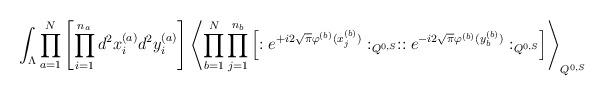
LaTeX: \begin{align*}\int_{\Lambda} \prod_{a=1}^N \left[ \prod_{i=1}^{n_a}d^2x_{i}^{(a)} d^2y_{i}^{(a)} \right]\left\langle \prod_{b=1}^N \prod_{j=1}^{n_b}\left[ : e^{+i 2\sqrt{\pi}\varphi^{(b)}(x_{j}^{(b)})}:_{Q^{0,S}}:: e^{-i 2\sqrt{\pi}\varphi^{(b)}(y_{b}^{(b)})}:_{Q^{0,S}}\right] \right\rangle_{Q^{0,S}}\end{align*}